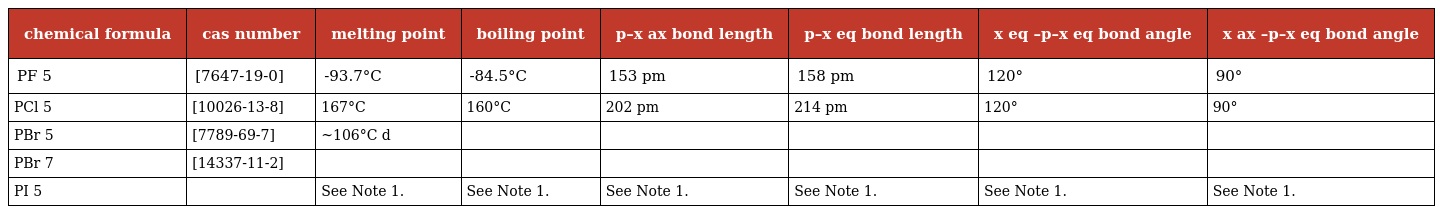
| chemical formula | cas number | melting point | boiling point | p–x ax bond length | p–x eq bond length | x eq –p–x eq bond angle | x ax –p–x eq bond angle |
 | --- | --- | --- | --- | --- | --- | --- | --- |
 | PF 5 | [7647-19-0] | -93.7°C | -84.5°C | 153 pm | 158 pm | 120° | 90° |
 | PCl 5 | [10026-13-8] | 167°C | 160°C | 202 pm | 214 pm | 120° | 90° |
 | PBr 5 | [7789-69-7] | ~106°C d |  |  |  |  |  |
 | PBr 7 | [14337-11-2] |  |  |  |  |  |  |
 | PI 5 |  | See Note 1. | See Note 1. | See Note 1. | See Note 1. | See Note 1. | See Note 1. |